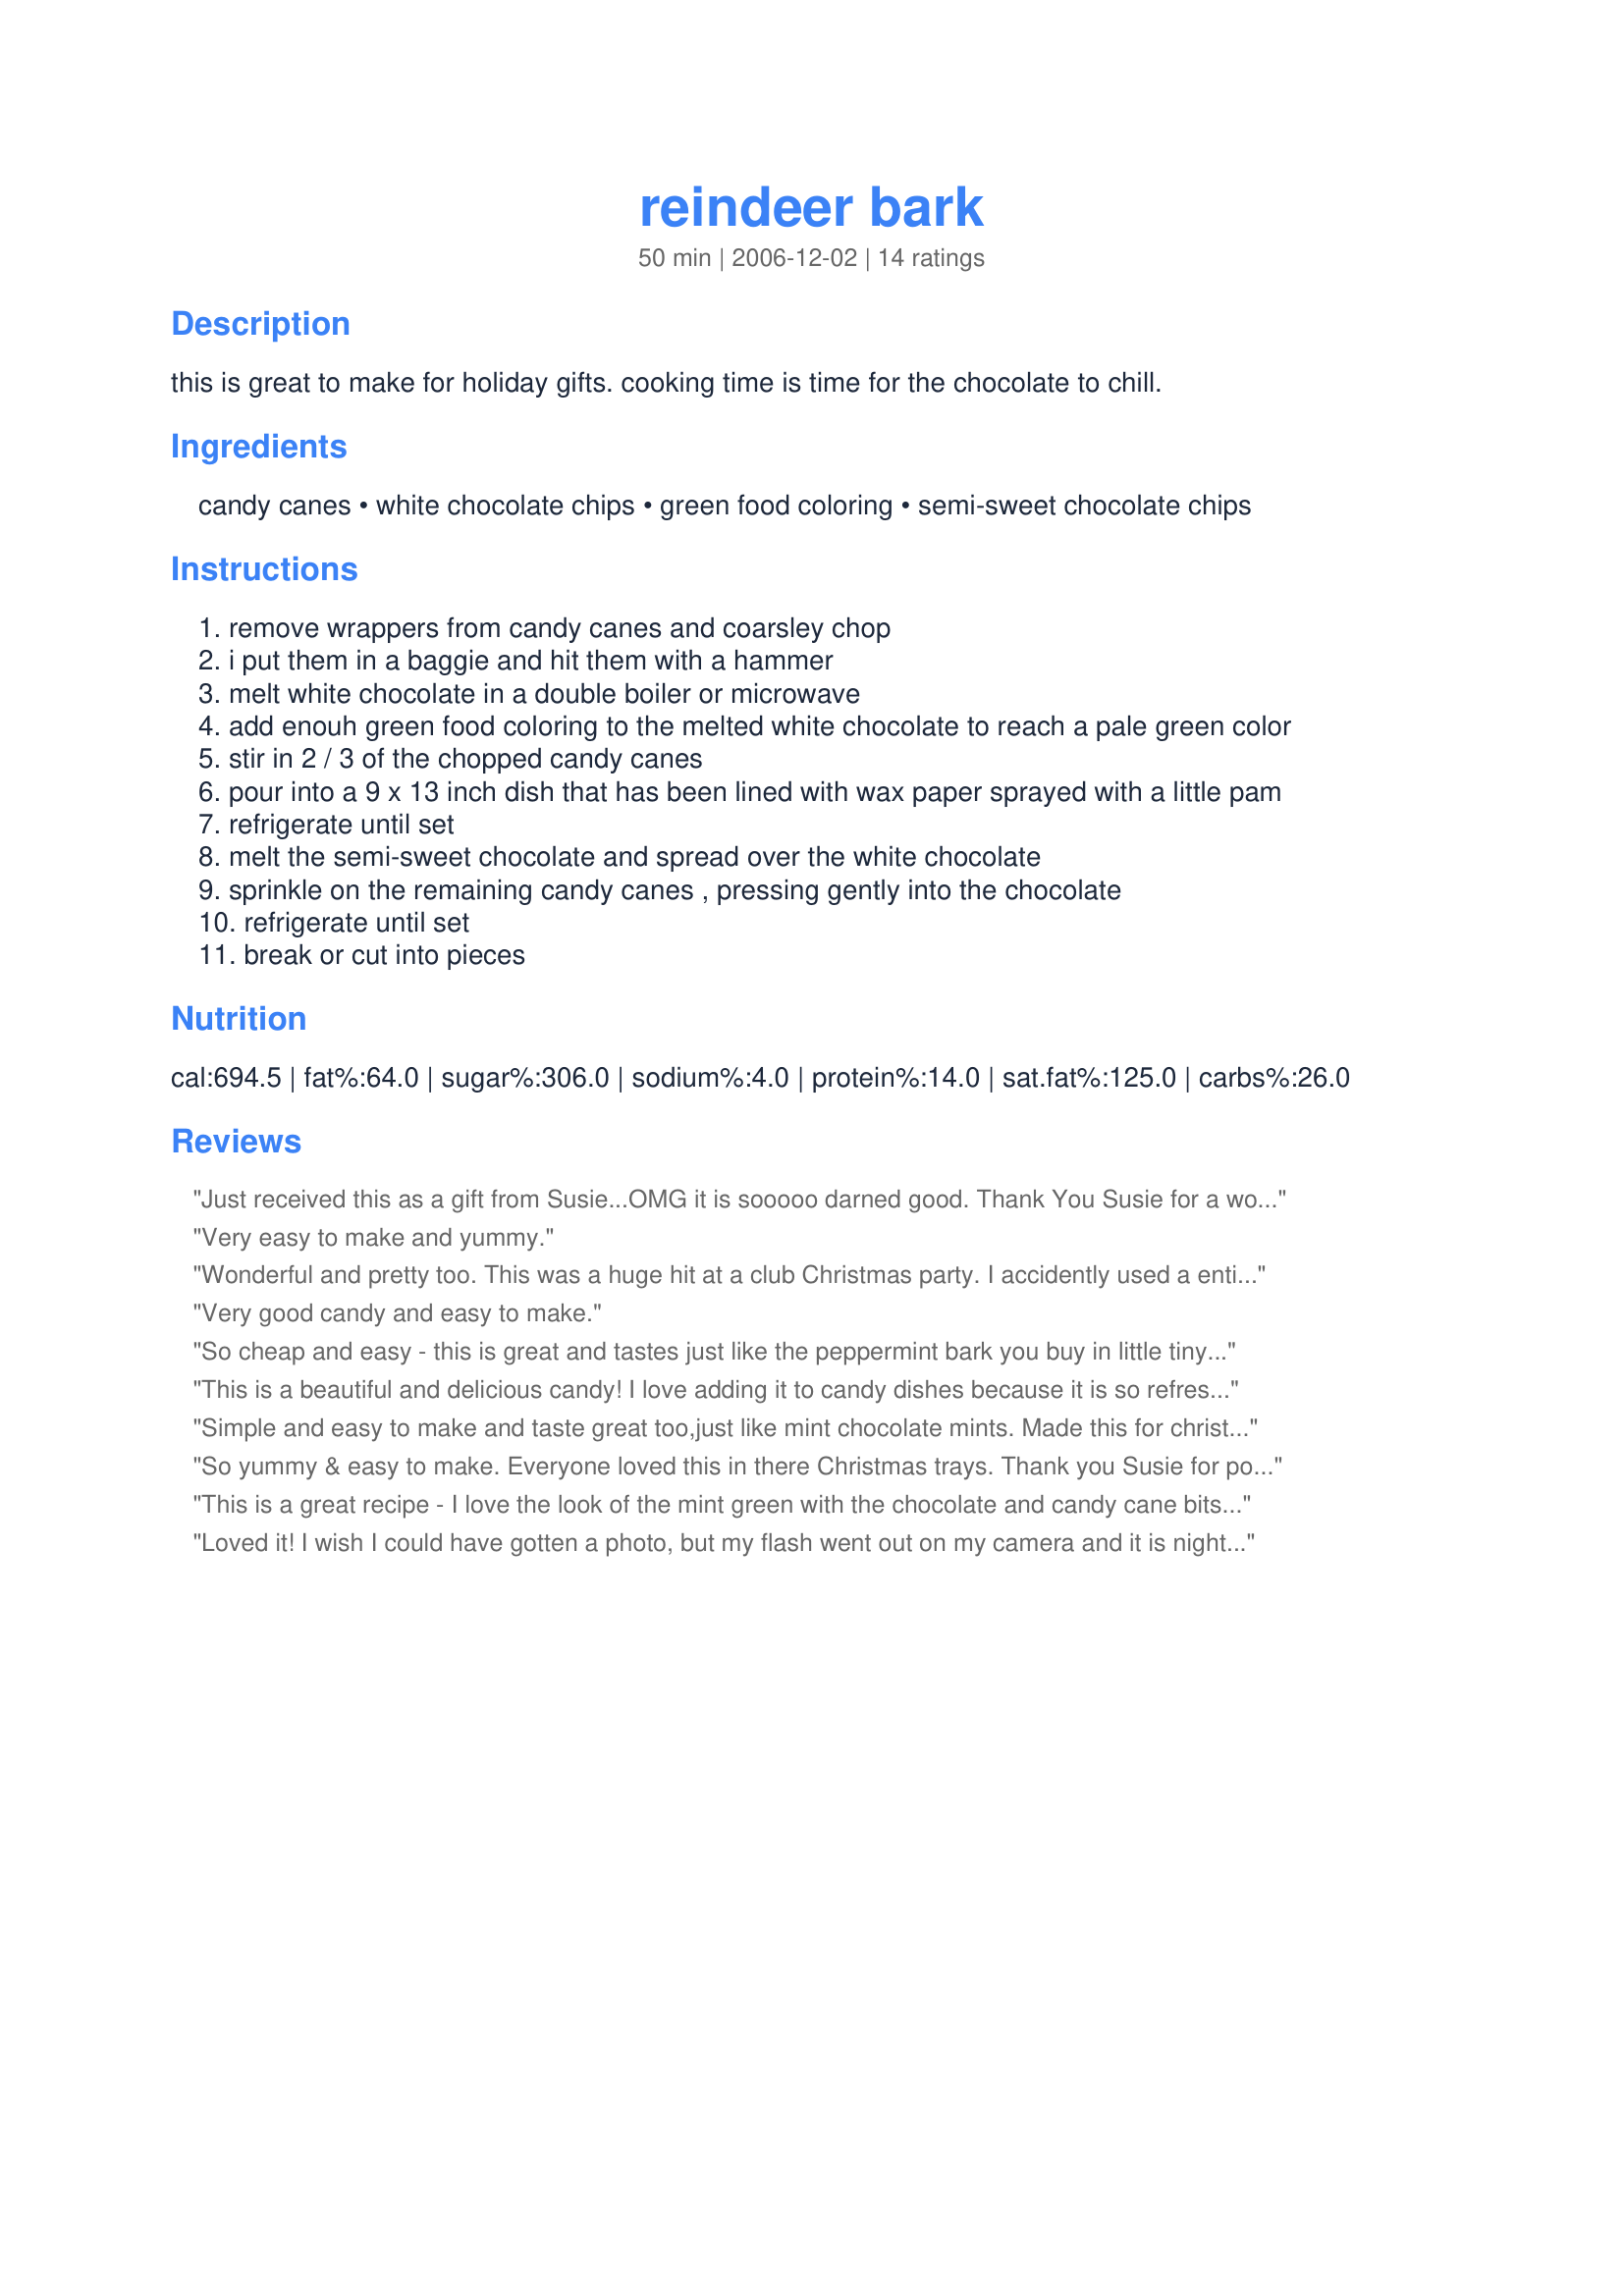
reindeer bark
Preparation time: 50 minutes

this is great to make for holiday gifts. cooking time is time for the chocolate to chill.

Ingredients:
candy canes, white chocolate chips, green food coloring, semi-sweet chocolate chips

Steps:
remove wrappers from candy canes and coarsley chop
i put them in a baggie and hit them with a hammer
melt white chocolate in a double boiler or microwave
add enouh green food coloring to the melted white chocolate to reach a pale green color
stir in 2 / 3 of the chopped candy canes
pour into a 9 x 13 inch dish that has been lined with wax paper sprayed with a little pam
refrigerate until set
melt the semi-sweet chocolate and spread over the white chocolate
sprinkle on the remaining candy canes , pressing gently into the chocolate
refrigerate until set
break or cut into pieces

Reviews:
Just received this as a gift from Susie...OMG it is sooooo darned good. Thank You Susie for a wonderful candy...and refreshingly sweet is the words I use for this.
Very easy to make and yummy.
Wonderful and pretty too. This was a huge hit at a club Christmas party. I accidently used a entire bag of semi-sweet chocolate chips so there was alot of chocolate, but no one seemed to mind. This recipe is quick and easy and a definate keeper!
Very good candy and easy to make.
So cheap and easy - this is great and tastes just like the peppermint bark you buy in little tiny packages for $8-$10 during the holidays!! I won't be spending that kind of money again, this took very little time, effort or money and was so tasty. I did half the recipe and used a 7x11 pan... I did think it could use a bit more chocolate, so I increased to 2/3c and it seemed like a good amount.
This is a beautiful and delicious candy! I love adding it to candy dishes because it is so refreshing after a big meal or tons of sweet candy. I used 17 drops of food coloring and added an 1/8 tsp on peppermint extract. I am not a huge peppermint fan and this was the perfect amount. I also put crushed candy canes in a strainer and shook out most of the dust! Used a 15x10x1 pan. Thanks I will forever use this recipe.
Simple and easy to make and taste great too,just like mint chocolate mints. Made this for christmas gifts this year. Its going to be a favorite to make every year from now on. Thanks for sharing the recipe!!
So yummy & easy to make. Everyone loved this in there Christmas trays. Thank you Susie for posting. I will sure be making this again :)
This is a great recipe - I love the look of the mint green with the chocolate and candy cane bits. Thanks for posting! I'm taking it to a party and I know it will be gobbled up.
Loved it! I wish I could have gotten a photo, but my flash went out on my camera and it is night time here! Maybe next time. Anyway, this candy is delicious and beautiful! I am definitely making this for my family Christmas party...I'm sure everyone will love it! Made for Everyday is a Holiday Tag!
I made this last year to put in my Christmas baskets for each branch of the family, and will do it again this year. Everyone loved it and asked for the recipe. I can't believe how easy it is , too!!
Wonderful and easy! Looks great and tastes even better. i didn't add crushed candy canes to the top though, I forgot to reserve some and didn't feel like smashing anymore
Goes up quickly, made for PRMR.
Very easy! Although the 1st batch that I made was too thick when put into a 9 x 13 pan. The second time I made, I went ahead and used a jelly roll pan so the chocolate layers are thinner. Very tasty and beautiful.
